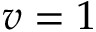
v = 1